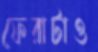
ফেরাটাও